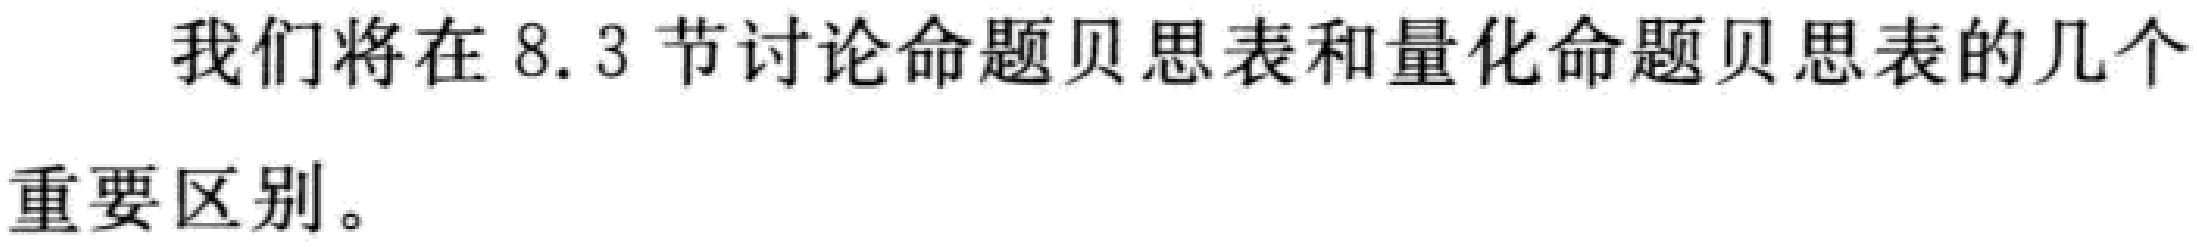
我们将在 8.3 节讨论命题贝思表和量化命题贝思表的几个重要区别。